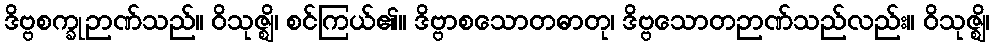
ဒိဗ္ဗစက္ခုဉာဏ်သည်။ ဝိသုဇ္ဈိ၊ စင်ကြယ်၏။ ဒိဗ္ဗာစသောတဓာတု၊ ဒိဗ္ဗသောတဉာဏ်သည်လည်း။ ဝိသုဇ္ဈိ၊